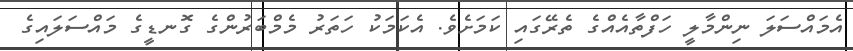
އެމައްސަލަ ނިންމާލީ ހަފްތާއެއްގެ ތެރޭގައި ކަމަށެވެ. އެކަމަކު ހަތަރު މެމްބަރުންގެ ގޮނޑީގެ މައްސަލައިގެ